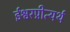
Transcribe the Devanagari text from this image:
ईश्वरप्रीत्यर्थ